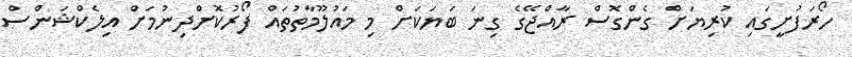
ހޯރަފުށީގައި ކުރިޔަށް ގެންގޮސް ރާއްޖޭގެ ގިނަ ބަޔަކަށް މި މައުލޫމާތުތައް ފޯރުކޮށްދިނުމަށް އިލެކްޝަންސް